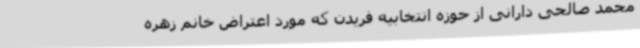
محمد صالحی دارانی از حوزه انتخابیه فریدن که مورد اعتراض خانم زهره